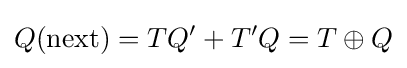
Q({\text{next}})=TQ'+T'Q=T\oplus Q